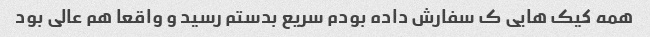
همه کیک هایی ک سفارش داده بودم سریع بدستم رسید و واقعا هم عالی بود